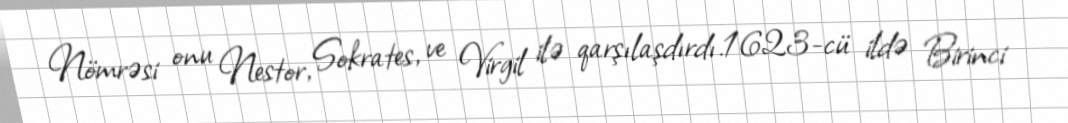
Nömrəsi onu Nestor, Sokrates, ve Virgil ilə qarşılaşdırdı.1623-cü ildə Birinci